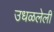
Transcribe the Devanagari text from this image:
उधळलेली